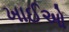
ખાઈઓ